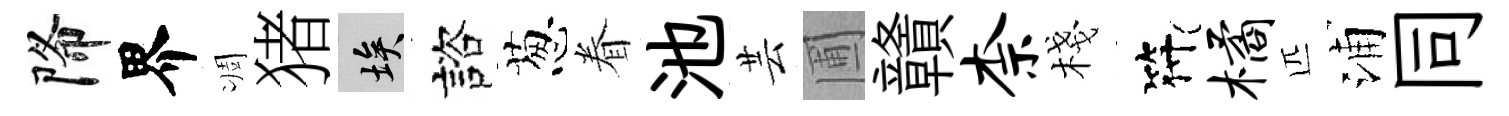
降界凋猪埃諮葱眷池芸圃贛柰棧符橘匹浦同